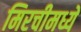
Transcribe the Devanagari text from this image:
मिरचीमध्ये